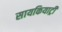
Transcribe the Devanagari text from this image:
सायकियाट्री